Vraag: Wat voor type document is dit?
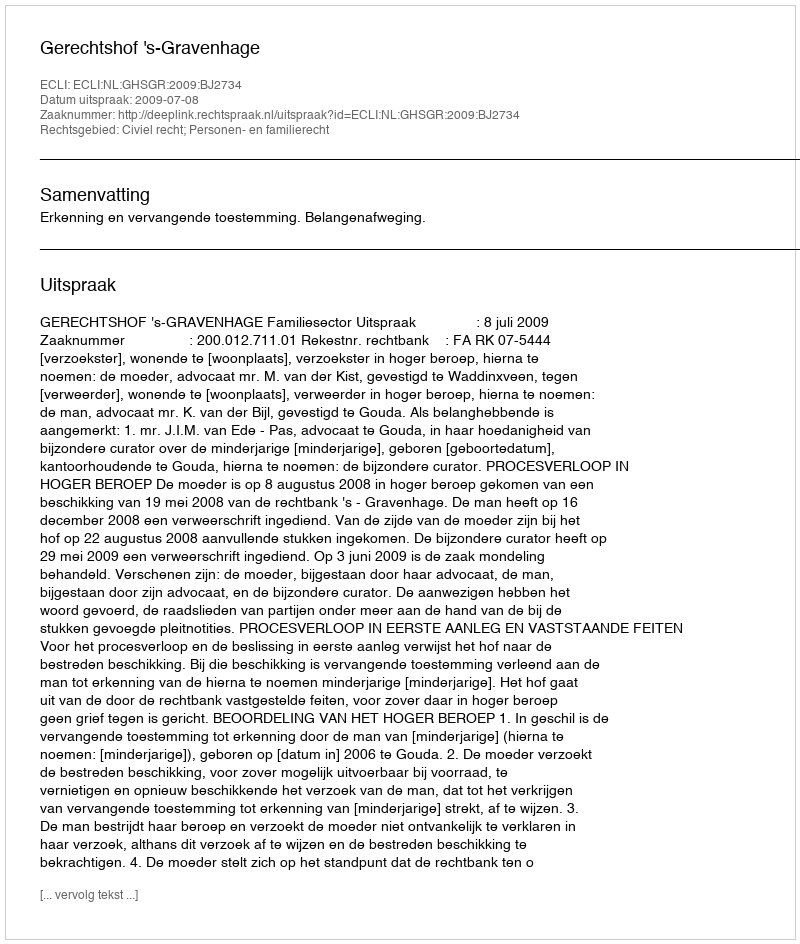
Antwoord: Uitspraak